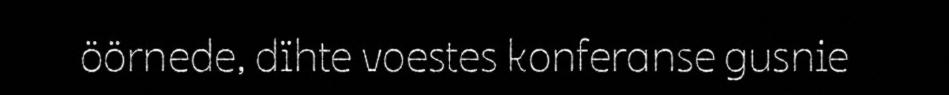
öörnede, dïhte voestes konferanse gusnie